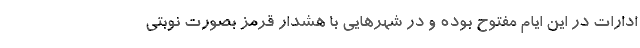
ادارات در این ایام مفتوح بوده و در شهرهایی با هشدار قرمز بصورت نوبتی